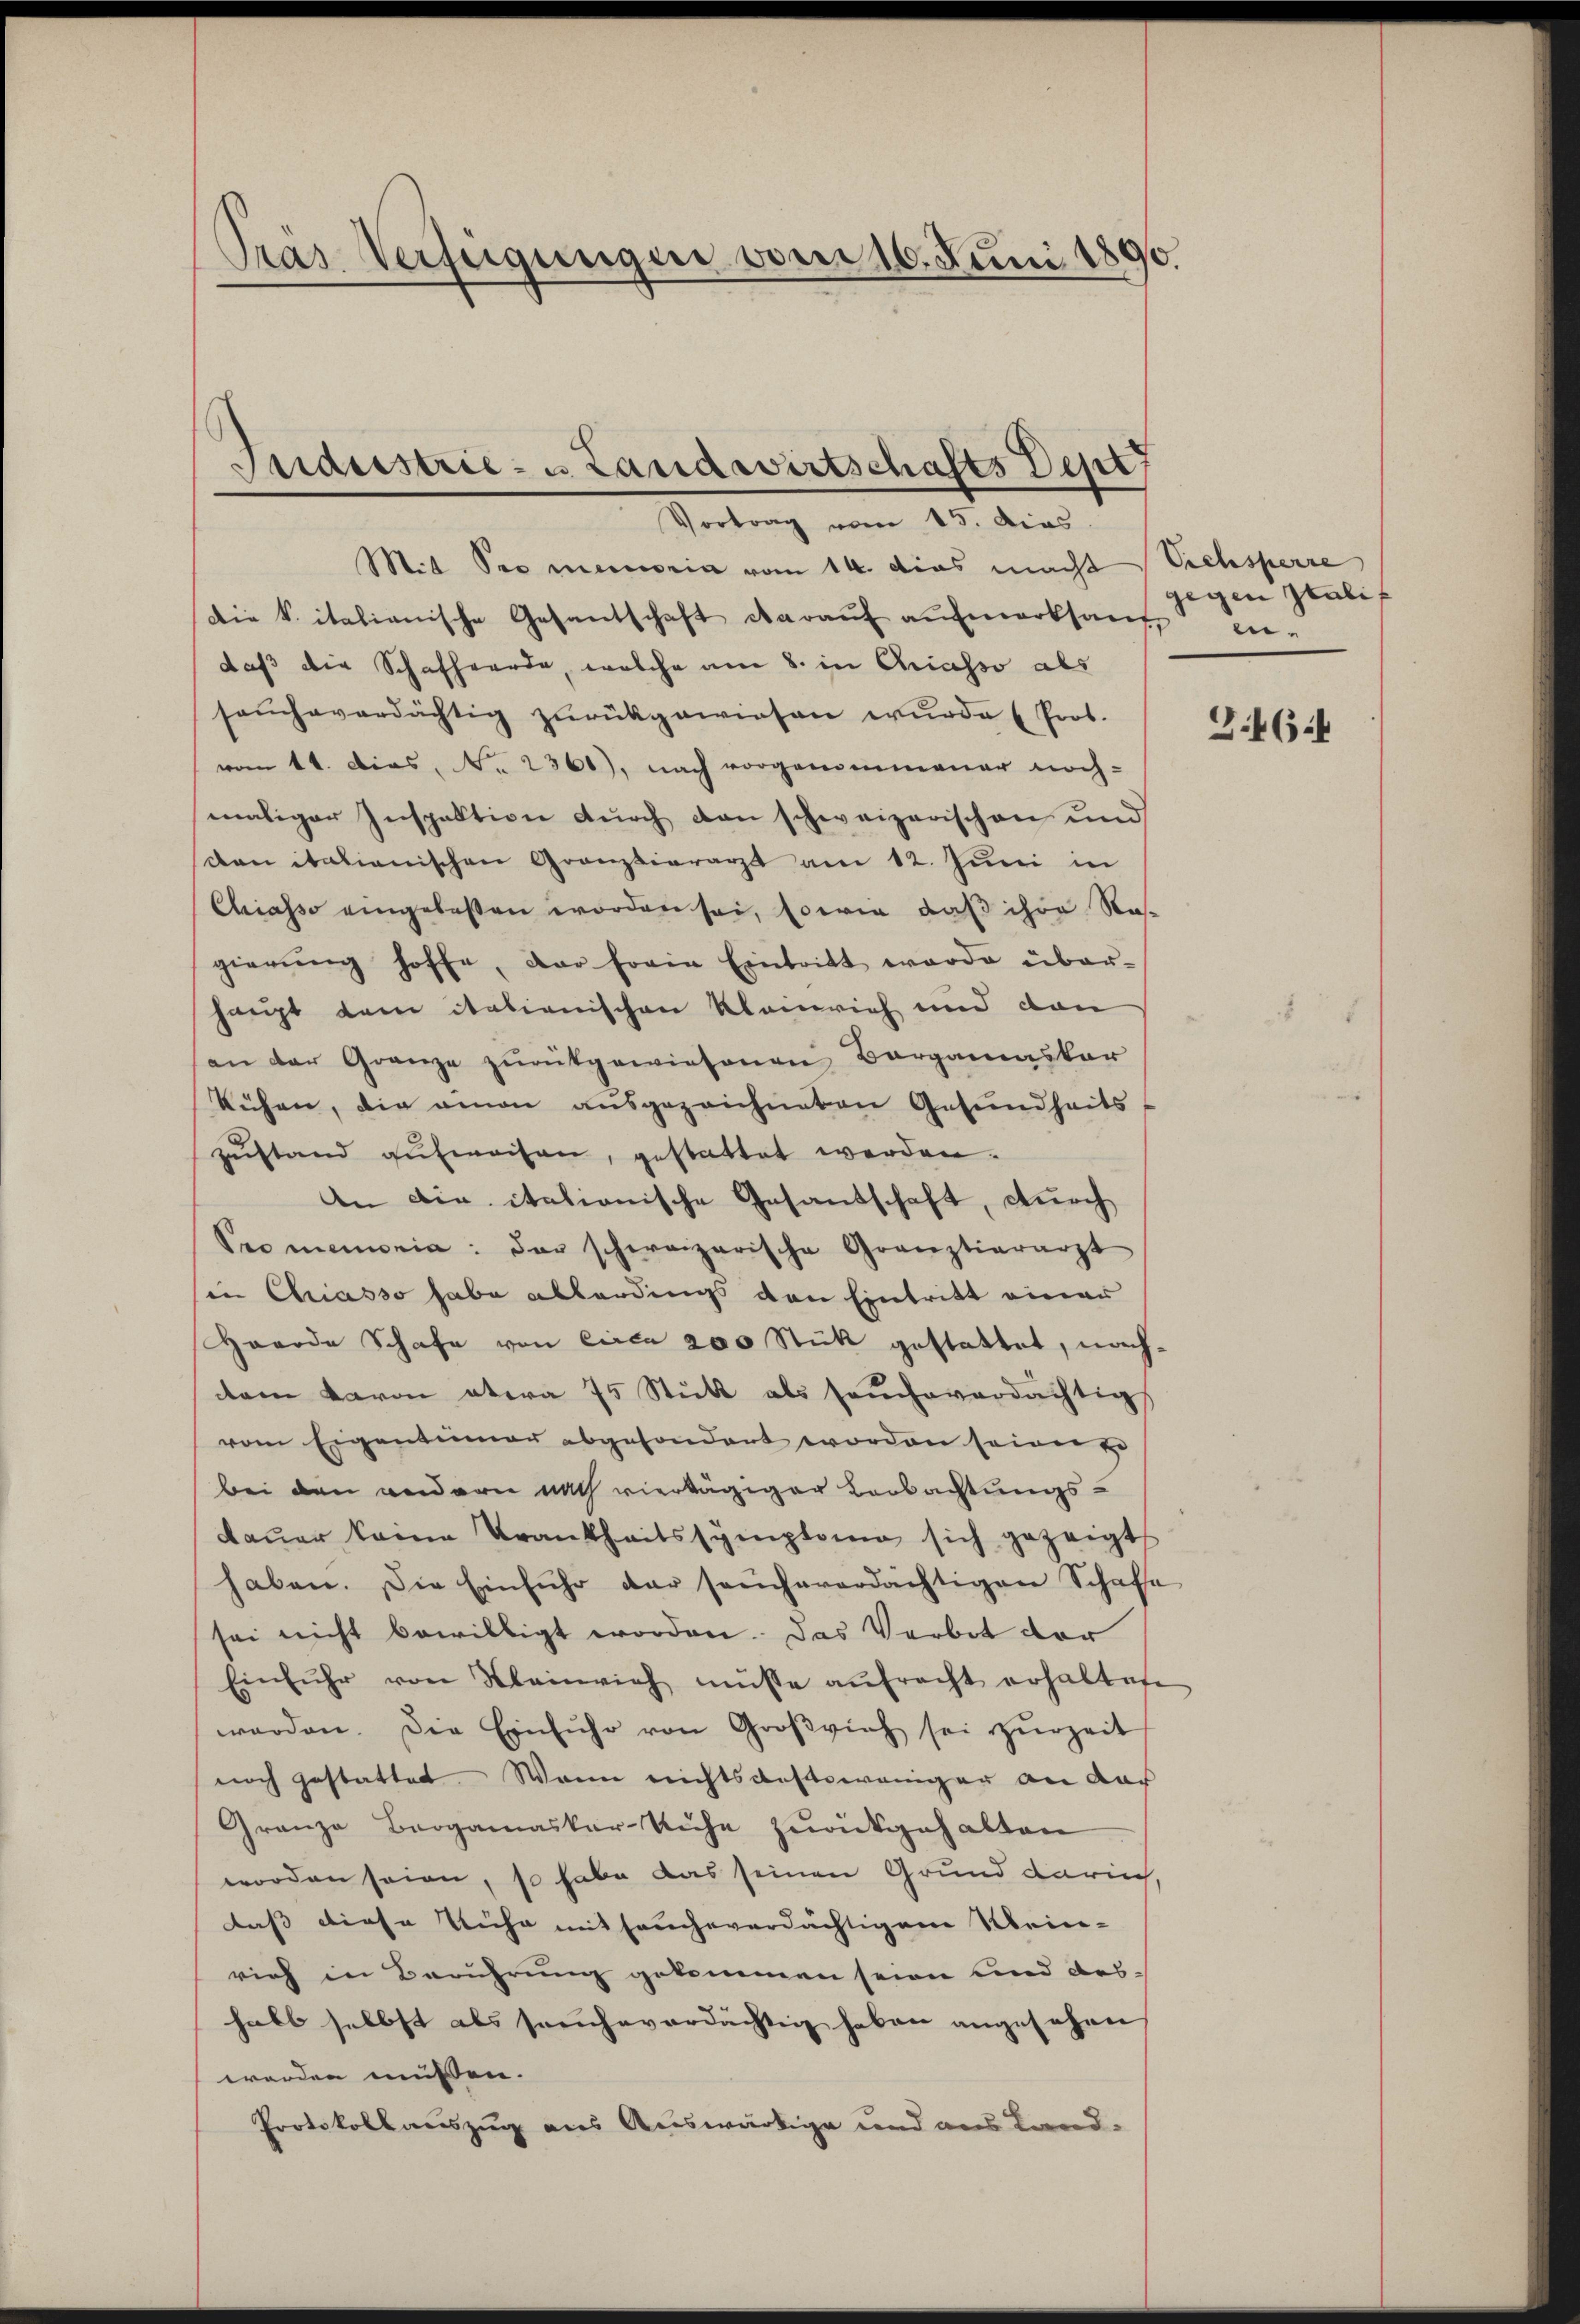
Pras Verfügungen vom 16. Juni 1890.

Industrie- u. Landwirtschafts Depr
Vortrag vom 15. dies

Mit See memoria vom 14. das macht Viehsperre
Die Vitalianische Gesantschaft darauf aufmerksam ei-
daß die Schafherde, welche am 8. in Chiasso als
saŭcheverdächtig zŭrückgewiesen wŭrde (Prof.
vom 11. Dies, No. 2361), nach vorgenommener noch-
maliger Inspektion durch den schweizerischen und
dan italienischen Granzvierarzt am 12. Juni in
Chiasso eingelassen worden sei, sowie daß ihre Na-
gierŭng hoffe, dar forin Eintritt werde über-
haupt dem italienischen Kleinrich und dan
an der Granze zŭrückgewiesenen Bergamaskar
kühen, die einen ausgezeichneten Gesundheitszustand aufweisen, gestattet werden.
An die italionische Gesandschaft, durch
Promemoria: der schweizerische Grauztierarzt
in Chriasso habe allerdings den Eintritt einer
Herode Schafe von circa 200 Stück gestattet, nachdem davon etwa 75 Stutt als seucheverdächtig
vom Eigentümer abgesondert worden seien u
bei den wendern nach viertägiger Barbachtungs-
daŭer keine Trankheitssymptome sich gezeigt
haben. Die Einführ der sacheverdächtigen Schafe
sei nicht bewilligt worden. Das Verbot der
Einfŭhr von Kleinvieh müsse aŭfracht erhaltete
werden. Die Einfŭhr von Großvieh sei zŭrzeit
noch gestattet. — Wenn nichtsdestoweniger an dar
Granze Bergamaskar Ruhe zurückgehalten
worden seien, so habe das seinen Grund darin
daß diese Tüche mit seucheverdächtigem Wein-
rich in Berührung gekommen seien und aushabt selbst als soucheverdächtig haben angesehen
worden müssen.
Protokollauszug aus Auswärtige und aus Land-

gegen Italif

G.464